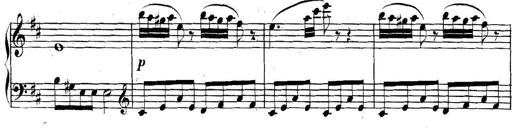
Title: Collected Piano Sonatas
Composer: Muzio Clementi